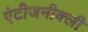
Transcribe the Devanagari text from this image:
एंटीजनीक्ली